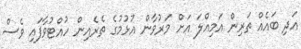
އަދި ބައެއް ތަރިން އަމިއްލަ އަށް މަރުވާން އުޅުމުގެ ތެރެއިން ހުއްޓުވާފައި ވެސް